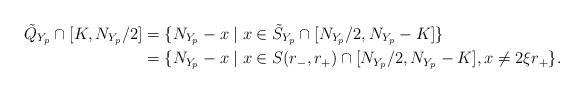
LaTeX: \begin{align*} \tilde{Q}_{Y_p} \cap [K,N_{Y_p}/2] &=\{N_{Y_p}-x \mid x\in \tilde{S}_{Y_p}\cap[N_{Y_p}/2, N_{Y_p}-K]\} \\ &= \{N_{Y_p} - x \mid x \in S(r_-,r_+) \cap [N_{Y_p}/2,N_{Y_p}-K], x \neq 2\xi r_+\}.\end{align*}